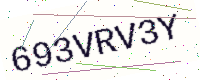
Text: 693VRV3Y